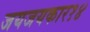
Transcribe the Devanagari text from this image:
जयजयकार१४